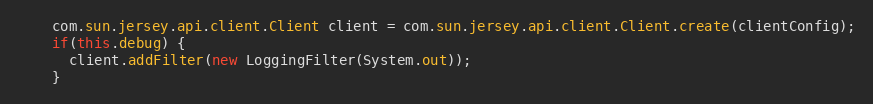
Language: Java
    com.sun.jersey.api.client.Client client = com.sun.jersey.api.client.Client.create(clientConfig);
    if(this.debug) {
      client.addFilter(new LoggingFilter(System.out));
    }